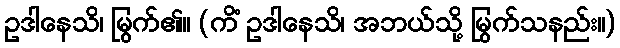
ဥဒါနေသိ၊ မြွက်၏။ (ကိံ ဥဒါနေသိ၊ အဘယ်သို့ မြွက်သနည်း။)